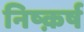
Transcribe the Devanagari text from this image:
निष्क़र्ष